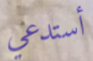
أستدعي